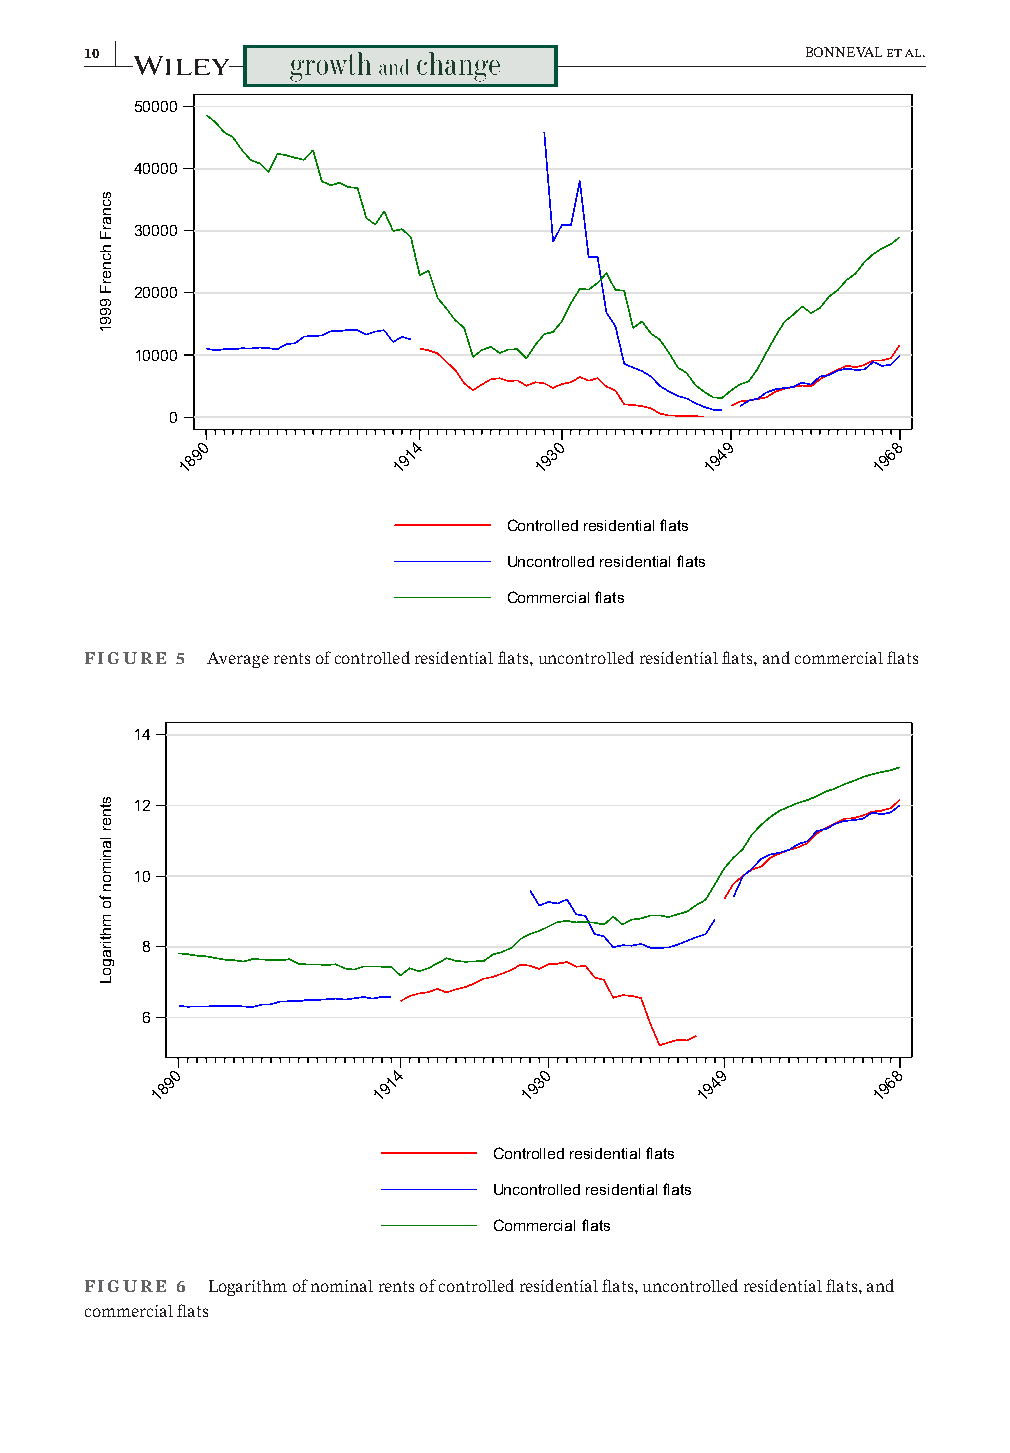
10 |                                           BONNEVAL et al.
 50000
 40000
 30000
 20000
 10000
 0
 1890          1914      1930       1949       1968
 Controlled residential flats
 Uncontrolled residential flats
 Commercial flats
 FIGURE 5 Average rents of controlled residential flats, uncontrolled residential flats, and commercial flats
 14
 12
 10
 8
 6
 1890           1914      1930       1949        1968
 Controlled residential flats
 Uncontrolled residential flats
 Commercial flats
 FIGURE 6 Logarithm of nominal rents of controlled residential flats, uncontrolled residential flats, and
 commercial flats
 scnarF
 hcnerF
 9991
 stner
 lanimon
 fo
 mhtiragoL